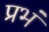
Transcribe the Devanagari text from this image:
प्रभं